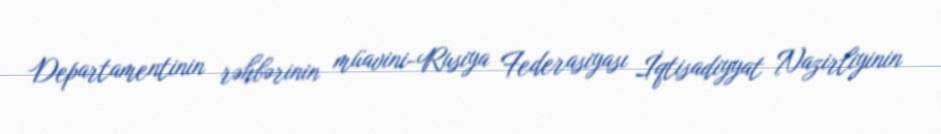
Departamentinin rəhbərinin müavini-Rusiya Federasiyası İqtisadiyyat Nazirliyinin